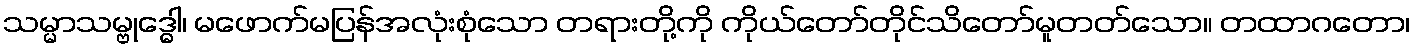
သမ္မာသမ္ဗုဒ္ဓေါ၊ မဖောက်မပြန်အလုံးစုံသော တရားတို့ကို ကိုယ်တော်တိုင်သိတော်မူတတ်သော။ တထာဂတော၊